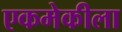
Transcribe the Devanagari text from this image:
एकमेकीला